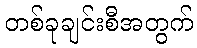
တစ်ခုချင်းစီအတွက်